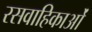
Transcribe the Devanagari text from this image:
रसवाहिकाओं